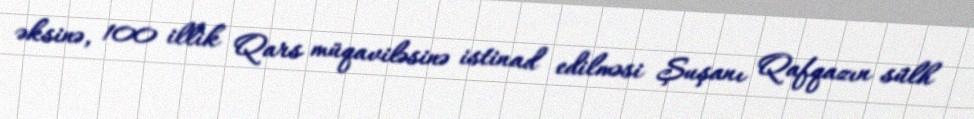
əksinə, 100 illik Qars müqaviləsinə istinad edilməsi Şuşanı Qafqazın sülh